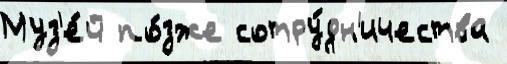
Муз'е́й по́зже сотру́дн'ичества